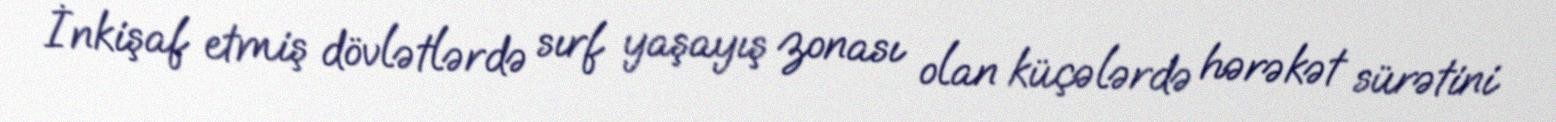
İnkişaf etmiş dövlətlərdə sırf yaşayış zonası olan küçələrdə hərəkət sürətini